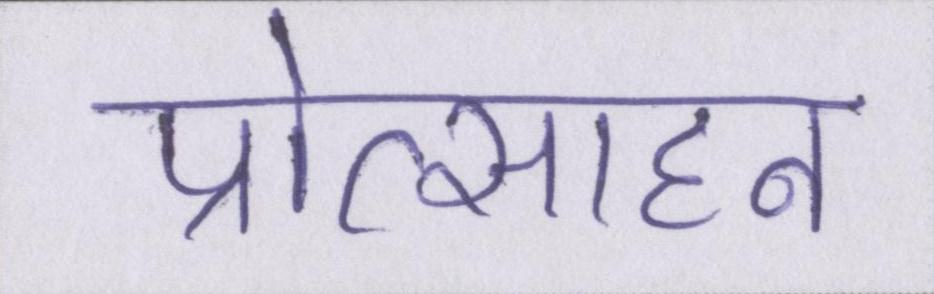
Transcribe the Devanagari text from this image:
प्रोत्साहन